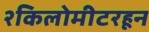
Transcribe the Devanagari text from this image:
२किलोमीटरहून